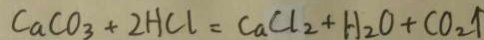
C a C O _ { 3 } + 2 H C l = C a C l _ { 2 } + H _ { 2 } O + C O _ { 2 } \uparrow